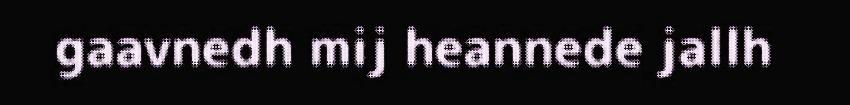
gaavnedh mij heannede jallh